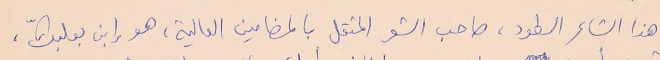
هذا الشاعر السطود، صاحب الشعر المثقل بالمضامين العالية، هو إبن بعلبكّ،